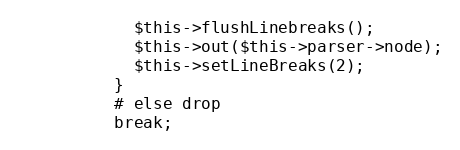
Language: PHP
            $this->flushLinebreaks();
            $this->out($this->parser->node);
            $this->setLineBreaks(2);
          }
          # else drop
          break;